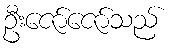
ဦးဇော်ဇော်သည်